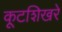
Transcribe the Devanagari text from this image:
कूटशिखरे